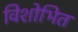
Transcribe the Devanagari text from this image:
विशोभित